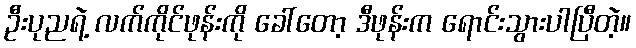
ဦးပုညရဲ့ လက်ကိုင်ဖုန်းကို ခေါ်တော့ ဒီဖုန်းက ရောင်းသွားပါပြီတဲ့။